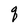
Character: q